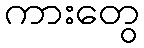
ကားတွေ